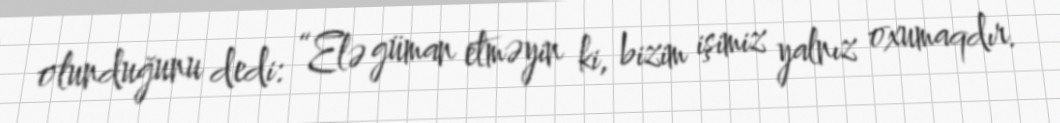
olunduğunu dedi: “Elə güman etməyin ki, bizim işimiz yalnız oxumaqdır.